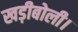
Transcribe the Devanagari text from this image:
खड़ीबोली।